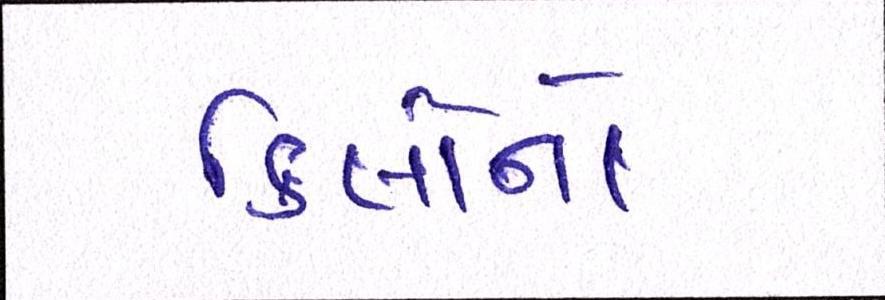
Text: કિલોનો